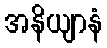
အနိယျာနံ